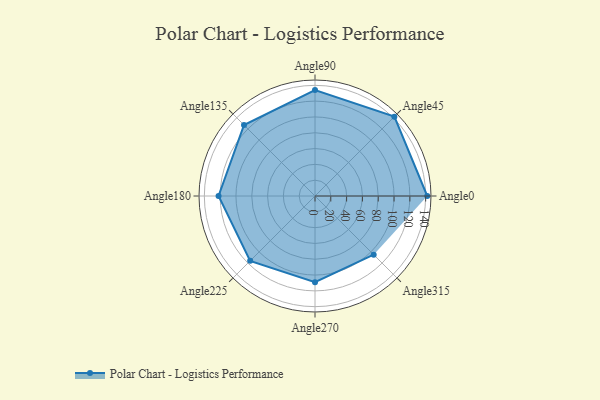
{"axis": {"x": "Angle", "y": "Radius"}, "legend": [""], "data": [{"x": "Angle0", "y": 142.0, "type": ""}, {"x": "Angle45", "y": 142.0, "type": ""}, {"x": "Angle90", "y": 134.0, "type": ""}, {"x": "Angle135", "y": 127.0, "type": ""}, {"x": "Angle180", "y": 122.0, "type": ""}, {"x": "Angle225", "y": 116.0, "type": ""}, {"x": "Angle270", "y": 109.0, "type": ""}, {"x": "Angle315", "y": 105.0, "type": ""}]}